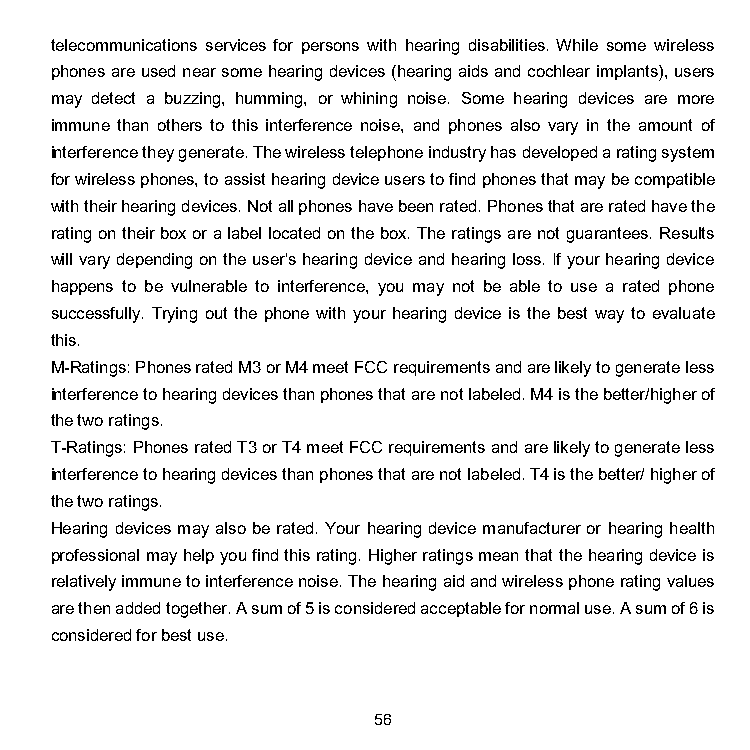
telecommunications services for persons with hearing disabilities. While some wireless
 phones are used near some hearing devices (hearing aids and cochlear implants), users
 may detect a buzzing, humming, or whining noise. Some hearing devices are more
 immune than others to this interference noise, and phones also vary in the amount of
 interference they generate. The wireless telephone industry has developed a rating system
 for wireless phones, to assist hearing device users to find phones that may be compatible
 with their hearing devices. Not all phones have been rated. Phones that are rated have the
 rating on their box or a label located on the box. The ratings are not guarantees. Results
 will vary depending on the user's hearing device and hearing loss. If your hearing device
 happens to be vulnerable to interference, you may not be able to use a rated phone
 successfully. Trying out the phone with your hearing device is the best way to evaluate
 this.
 M-Ratings: Phones rated M3 or M4 meet FCC requirements and are likely to generate less
 interference to hearing devices than phones that are not labeled. M4 is the better/higher of
 the two ratings.
 T-Ratings: Phones rated T3 or T4 meet FCC requirements and are likely to generate less
 interference to hearing devices than phones that are not labeled. T4 is the better/ higher of
 the two ratings.
 Hearing devices may also be rated. Your hearing device manufacturer or hearing health
 professional may help you find this rating. Higher ratings mean that the hearing device is
 relatively immune to interference noise. The hearing aid and wireless phone rating values
 are then added together. A sum of 5 is considered acceptable for normal use. A sum of 6 is
 considered for best use.
 56